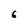
Character: 6